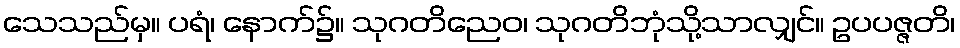
သေသည်မှ။ ပရံ၊ နောက်၌။ သုဂတိညေဝ၊ သုဂတိဘုံသို့သာလျှင်။ ဥပပဇ္ဇတိ၊